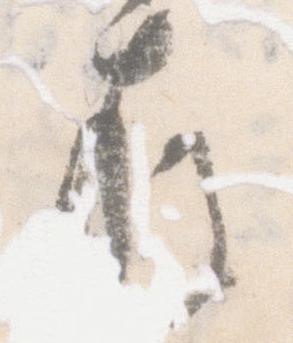
存